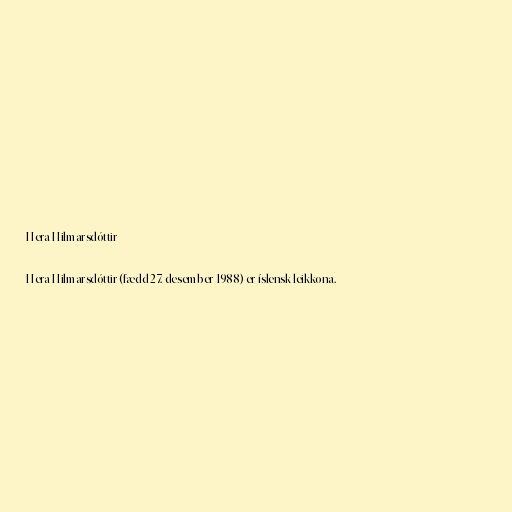
Hera Hilmarsdóttir

Hera Hilmarsdóttir (fædd 27. desember 1988) er íslensk leikkona.